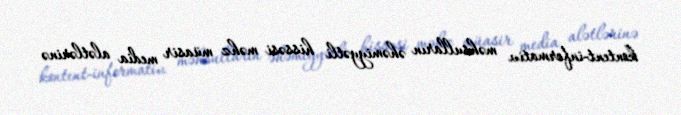
kontent-informativ məhsulların əhəmiyyətli hissəsi məhz müasir media alətlərinə